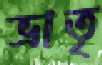
ভ্রাতৃ